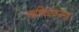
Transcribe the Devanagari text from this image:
अभिव्यंजनाओं